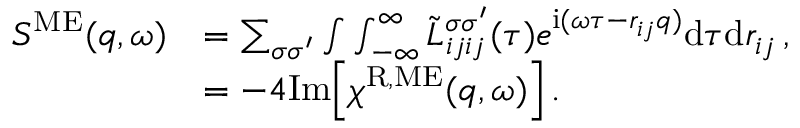
\begin{array} { r l } { S ^ { \mathrm { M E } } ( q , \omega ) } & { = \sum _ { \sigma \sigma ^ { \prime } } \int \int _ { - \infty } ^ { \infty } \Tilde { L } _ { i j i j } ^ { \sigma \sigma ^ { \prime } } ( \tau ) e ^ { \mathrm { i } ( \omega \tau - r _ { i j } q ) } \mathrm { d } \tau \mathrm { d } r _ { i j } \, , } \\ & { = - 4 \mathrm { I m } \Big [ \chi ^ { \mathrm { R , M E } } ( q , \omega ) \Big ] \, . } \end{array}